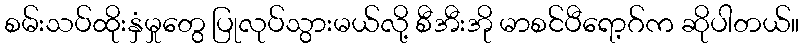
စမ်းသပ်ထိုးနှံမှုတွေ ပြုလုပ်သွားမယ်လို့ စီအီးအို မာစင်ပီရော့ဂ်က ဆိုပါတယ်။